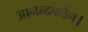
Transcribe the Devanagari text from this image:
आनन्दवर्धन।